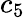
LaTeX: c_{5}